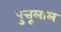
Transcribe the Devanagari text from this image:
पुत्तूलाल